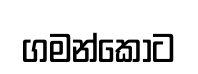
ගමන්කොට